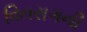
વિતરાગની